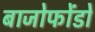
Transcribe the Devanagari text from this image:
बाजोफोंडो